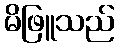
မိဖြူသည်